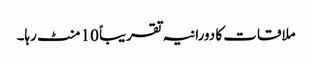
ملاقات کا دورانیہ تقریباً 10 منٹ رہا۔